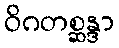
ဝိဂတစ္ဆန္ဒာ